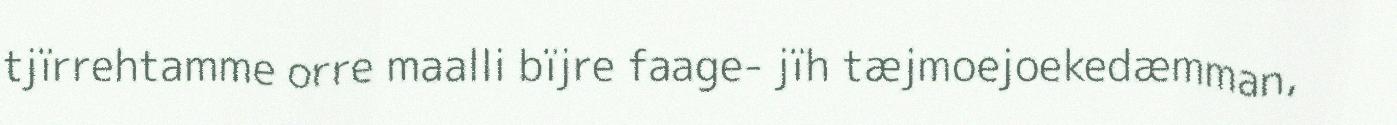
tjïrrehtamme orre maalli bïjre faage- jïh tæjmoejoekedæmman,